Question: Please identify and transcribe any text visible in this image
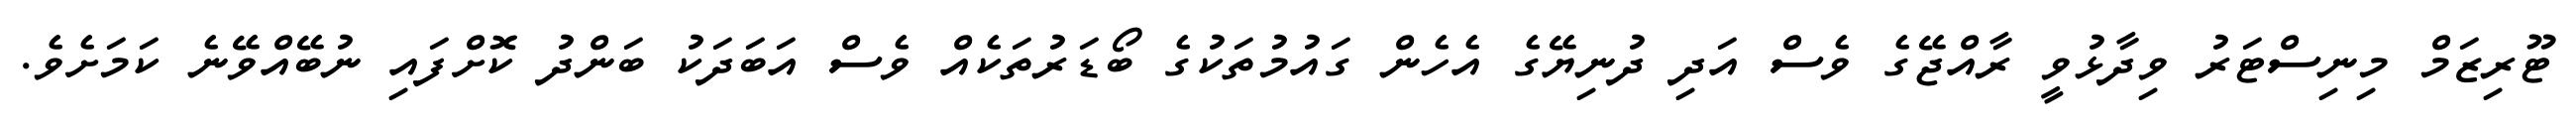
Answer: ޓޫރިޒަމް މިނިސްޓަރު ވިދާޅުވީ ރާއްޖޭގެ ވެސް އަދި ދުނިޔޭގެ އެހެން ގައުމުތަކުގެ ބޯޑަރުތަކެއް ވެސް އަބަދަކު ބަންދު ކޮށްފައި ނުބޭއްވޭނެ ކަމަށެވެ.